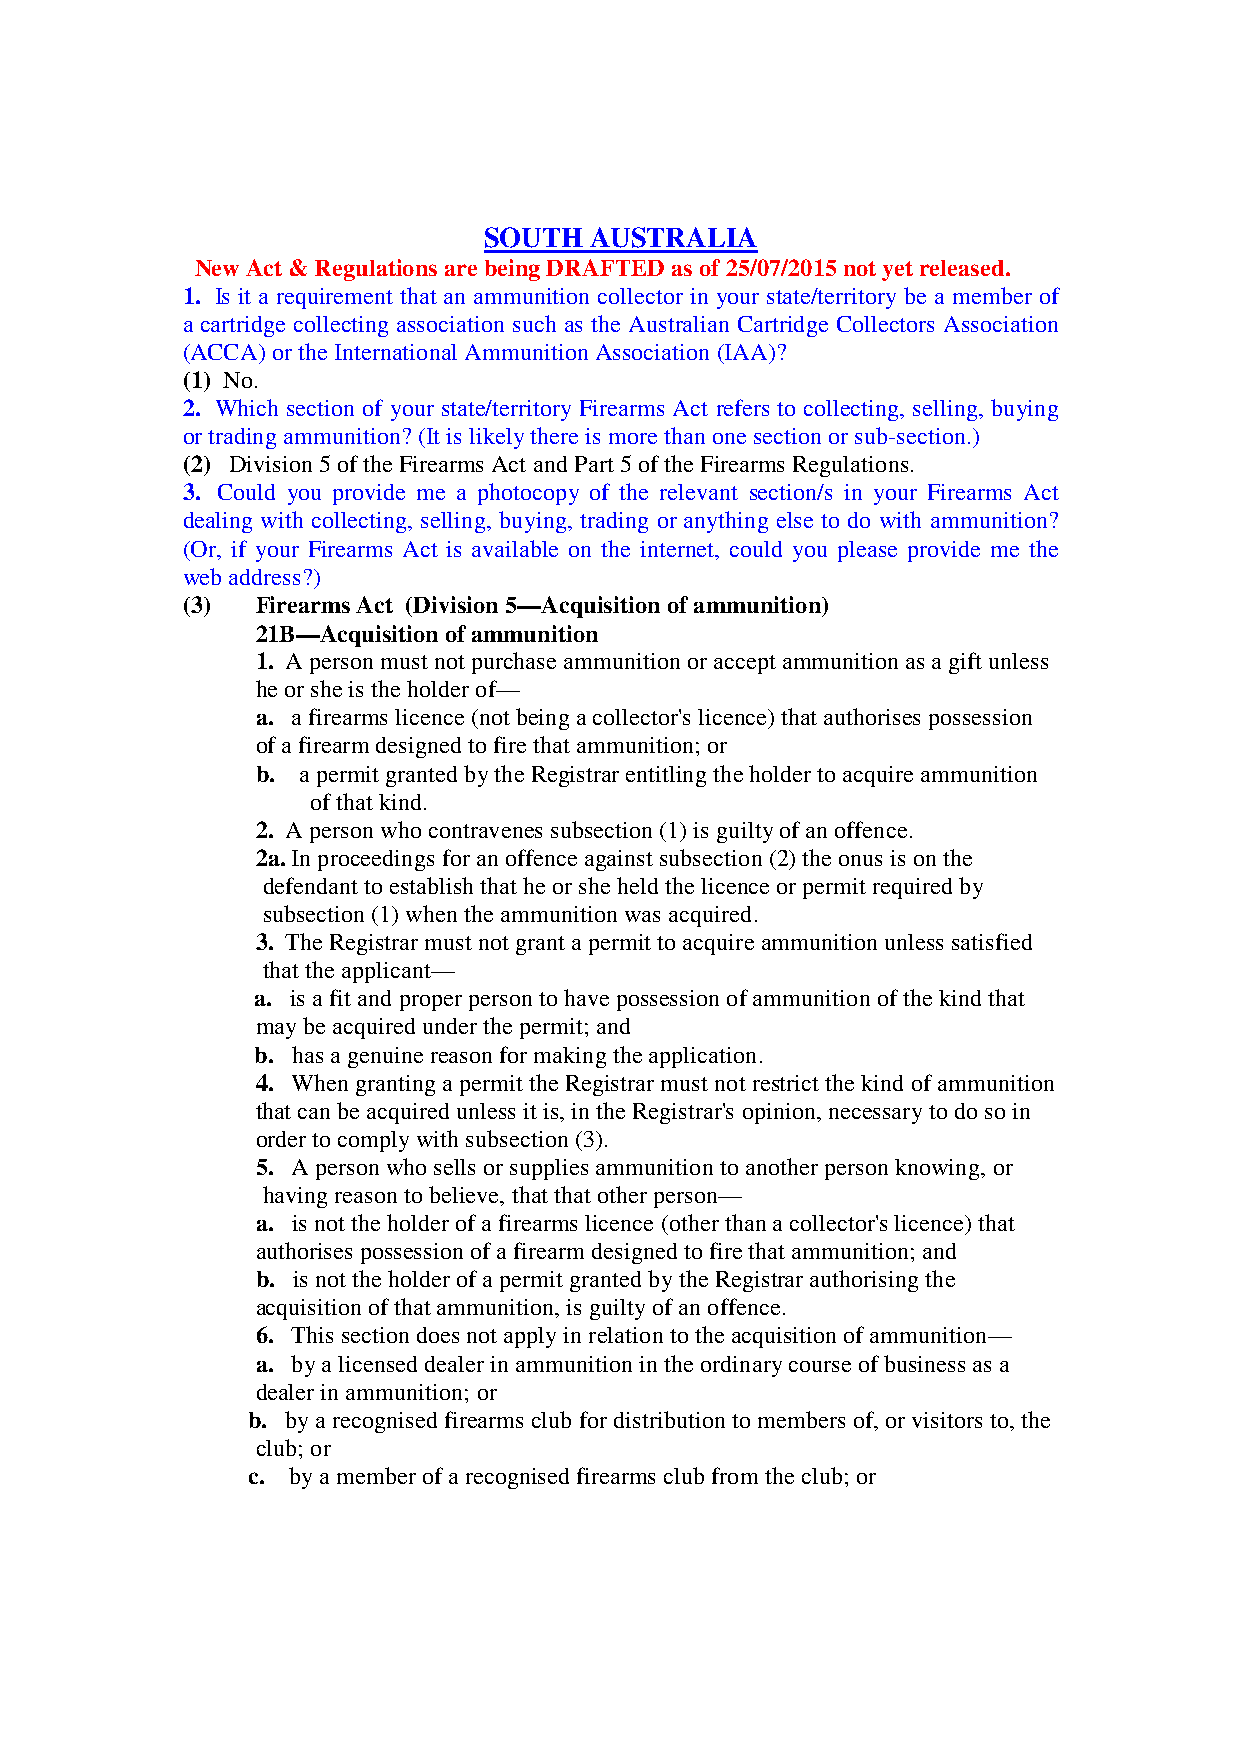
SOUTH  AUSTRALIA
 New Act & Regulations are being DRAFTED as of 25/07/2015 not yet released.
 1. Is it a requirement that an ammunition collector in your state/territory be a member of
 a cartridge collecting association such as the Australian Cartridge Collectors Association
 (ACCA) or the International Ammunition Association (IAA)?
 (1) No.
 2. Which section of your state/territory Firearms Act refers to collecting, selling, buying
 or trading ammunition? (It is likely there is more than one section or sub-section.)
 (2) Division 5 of the Firearms Act and Part 5 of the Firearms Regulations.
 3. Could you provide me a photocopy of the relevant section/s in your Firearms Act
 dealing with collecting, selling, buying, trading or anything else to do with ammunition?
 (Or, if your Firearms Act is available on the internet, could you please provide me the
 web address?)
 (3)  Firearms Act (Division 5—Acquisition of ammunition)
 21B—Acquisition of ammunition
 1. A person must not purchase ammunition or accept ammunition as a gift unless
 he or she is the holder of—
 a. a firearms licence (not being a collector's licence) that authorises possession
 of a firearm designed to fire that ammunition; or
 b. a permit granted by the Registrar entitling the holder to acquire ammunition
 of that kind.
 2. A person who contravenes subsection (1) is guilty of an offence.
 2a. In proceedings for an offence against subsection (2) the onus is on the
 defendant to establish that he or she held the licence or permit required by
 subsection (1) when the ammunition was acquired.
 3. The Registrar must not grant a permit to acquire ammunition unless satisfied
 that the applicant—
 a. is a fit and proper person to have possession of ammunition of the kind that
 may be acquired under the permit; and
 b. has a genuine reason for making the application.
 4. When granting a permit the Registrar must not restrict the kind of ammunition
 that can be acquired unless it is, in the Registrar's opinion, necessary to do so in
 order to comply with subsection (3).
 5. A person who sells or supplies ammunition to another person knowing, or
 having reason to believe, that that other person—
 a. is not the holder of a firearms licence (other than a collector's licence) that
 authorises possession of a firearm designed to fire that ammunition; and
 b. is not the holder of a permit granted by the Registrar authorising the
 acquisition of that ammunition, is guilty of an offence.
 6. This section does not apply in relation to the acquisition of ammunition—
 a. by a licensed dealer in ammunition in the ordinary course of business as a
 dealer in ammunition; or
 b. by a recognised firearms club for distribution to members of, or visitors to, the
 club; or
 c. by a member of a recognised firearms club from the club; or